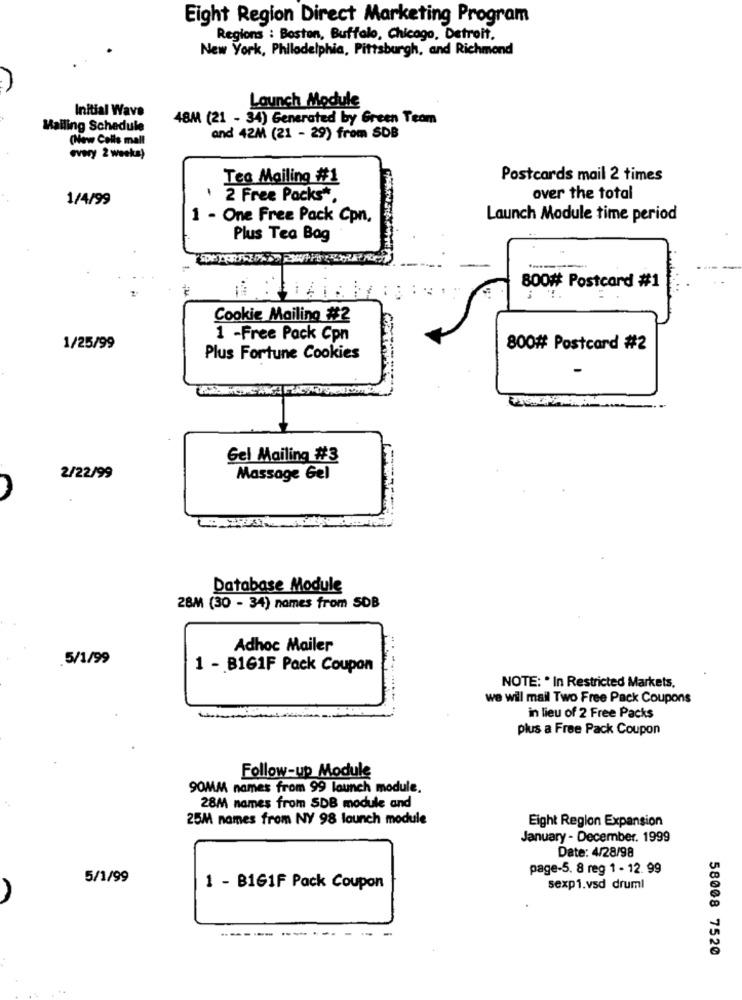
Eight Region Direct Marketing Program
Regions : Boston, Buffalo, Chicago, Detroit.
New York, Philadelphia, Pittsburgh, and Richmond
Launch Module
Initial Wave
48M (21 - 34) Generated by Green Team
Mailing Schedule
(Now Cells mall
and 42M (21 - 29) from SDB
every 2 weeks)
Tea Mailing #1
Postcards mail 2 times
1/4/99
1 2 Free Packs *.
over the total
1 - One Free Pack Cpn,
Launch Module time period
Plus Tea Bag
800# Postcard #1
Cookie Mailing #2
1 -Free Pack Cpn
1/25/99
800# Postcard #2
Plus Fortune Cookies
Gel Mailing #3
2/22/99
Massage Gel
Database Module
28M (30 - 34) names from SDB
Adhoc Mailer
.5/1/99
1 - B161F Pack Coupon
NOTE: * In Restricted Markets,
we wil mail Two Free Pack Coupons
in lieu of 2 Free Packs
plus a Free Pack Coupon
Follow-up Module
90MM names from 99 launch module,
28M names from SDB module and
25M names from NY 98 launch module
Eight Region Expansion
January - December. 1999
Date: 4/28/98
page-5. 8 reg 1 - 12. 99
5/1/99
1 - B1G1F Pack Coupon
sexp1.vsd druml
58008 7520